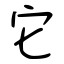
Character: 它